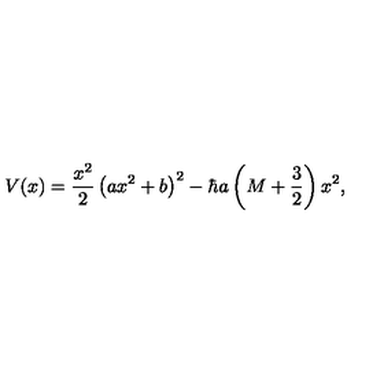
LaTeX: V ( x ) = \frac { x ^ { 2 } } 2 \left( a x ^ { 2 } + b \right) ^ { 2 } - \hbar a \left( M + \frac { 3 } { 2 } \right) x ^ { 2 } ,